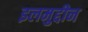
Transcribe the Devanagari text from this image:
इलमुद्दीन